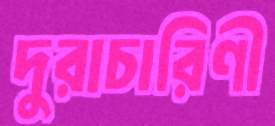
দুরাচারিণী